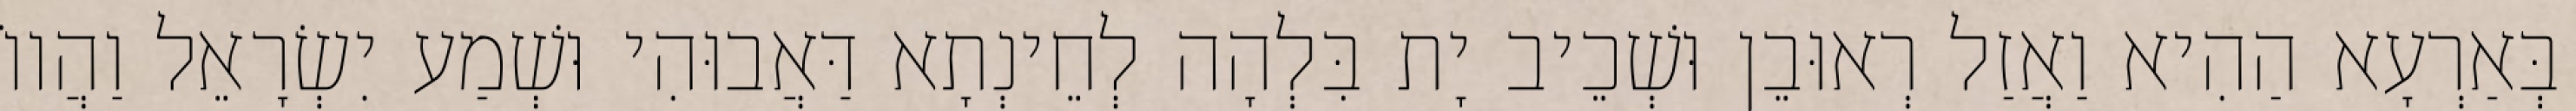
בְּאַרְעָא הַהִיא וַאֲזַל רְאוּבֵן וּשְׁכֵיב יָת בִּלְהָה לְחֵינְתָא דַּאֲבוּהִי וּשְׁמַע יִשְׂרָאֵל וַהֲווֹ